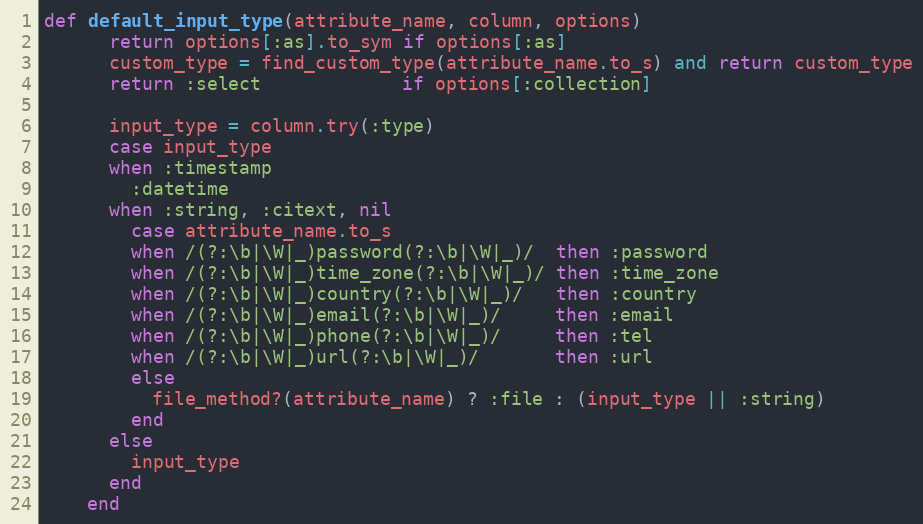
Language: Ruby
def default_input_type(attribute_name, column, options)
      return options[:as].to_sym if options[:as]
      custom_type = find_custom_type(attribute_name.to_s) and return custom_type
      return :select             if options[:collection]

      input_type = column.try(:type)
      case input_type
      when :timestamp
        :datetime
      when :string, :citext, nil
        case attribute_name.to_s
        when /(?:\b|\W|_)password(?:\b|\W|_)/  then :password
        when /(?:\b|\W|_)time_zone(?:\b|\W|_)/ then :time_zone
        when /(?:\b|\W|_)country(?:\b|\W|_)/   then :country
        when /(?:\b|\W|_)email(?:\b|\W|_)/     then :email
        when /(?:\b|\W|_)phone(?:\b|\W|_)/     then :tel
        when /(?:\b|\W|_)url(?:\b|\W|_)/       then :url
        else
          file_method?(attribute_name) ? :file : (input_type || :string)
        end
      else
        input_type
      end
    end